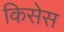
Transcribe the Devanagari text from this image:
किसेस